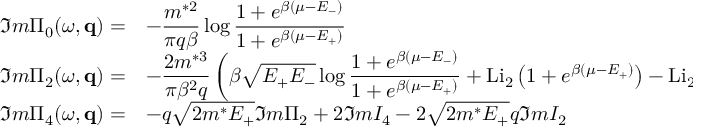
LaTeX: \begin{array} { l l } { { \Im m \Pi _ { 0 } ( \omega , { \bf q } ) = } } & { { { \displaystyle - \frac { m ^ { * 2 } } { \pi q \beta } \log \frac { 1 + e ^ { \beta ( \mu - E _ { - } ) } } { 1 + e ^ { \beta ( \mu - E _ { + } ) } } } } } \\ { { \Im m \Pi _ { 2 } ( \omega , { \bf q } ) = } } & { { { \displaystyle - \frac { 2 m ^ { * 3 } } { \pi \beta ^ { 2 } q } \left( \beta \sqrt { E _ { + } E _ { - } } \log \frac { 1 + e ^ { \beta ( \mu - E _ { - } ) } } { 1 + e ^ { \beta ( \mu - E _ { + } ) } } + \mathrm { L i } _ { 2 } \left( 1 + e ^ { \beta ( \mu - E _ { + } ) } \right) - \mathrm { L i } _ { 2 } \left( 1 + e ^ { \beta ( \mu - E _ { - } ) } \right) \right) } } } \\ { { \Im m \Pi _ { 4 } ( \omega , { \bf q } ) = } } & { { { \displaystyle - q \sqrt { 2 m ^ { * } E _ { + } } \Im m \Pi _ { 2 } + 2 \Im m I _ { 4 } - 2 \sqrt { 2 m ^ { * } E _ { + } } q \Im m I _ { 2 } } } } \end{array}